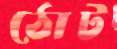
ঠোট